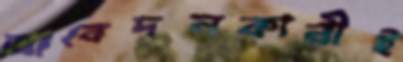
আবেদনকারীই